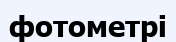
фотометрі